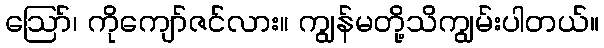
ဪ၊ ကိုကျော်ဇင်လား။ ကျွန်မတို့သိကျွမ်းပါတယ်။